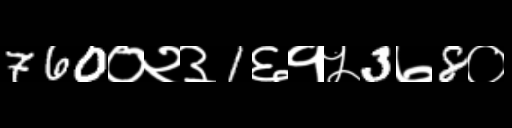
Text: 760०२३1६१५3७8०